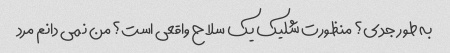
به طور جدی؟ منظورت شلیک یک سلاح واقعی است؟ من نمی دانم مرد